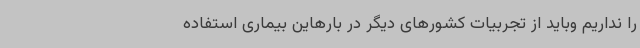
را نداریم وباید از تجربیات کشورهای دیگر در بارهاین بیماری استفاده